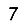
Digit: 7